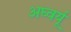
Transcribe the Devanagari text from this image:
अघ्वर्यू